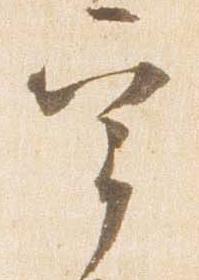
宰